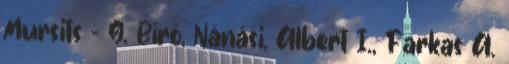
Mursits – G. Bíró, Nánási, Albert I., Farkas A.